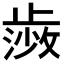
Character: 𭭰